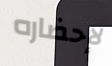
لإحضاره